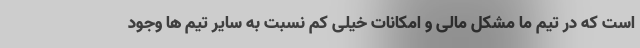
است که در تیم ما مشکل مالی و امکانات خیلی کم نسبت به سایر تیم ها وجود